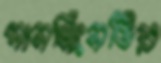
সানস্ক্রিনটির